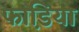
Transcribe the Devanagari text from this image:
फाडि़या